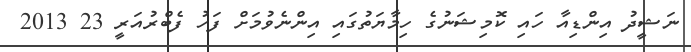
ނަޝީދު އިންޑިއާ ހައި ކޮމިޝަނުގެ ހިމާޔަތުގައި އިންނެވުމަށް ފަހު ފެބްރުއަރީ 23 2013